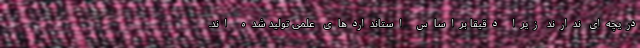
دریچه‌ای ندارند زیرا دقیقاً براساس استاندارد‌های علمی تولید شده اند.